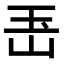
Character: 𤣶